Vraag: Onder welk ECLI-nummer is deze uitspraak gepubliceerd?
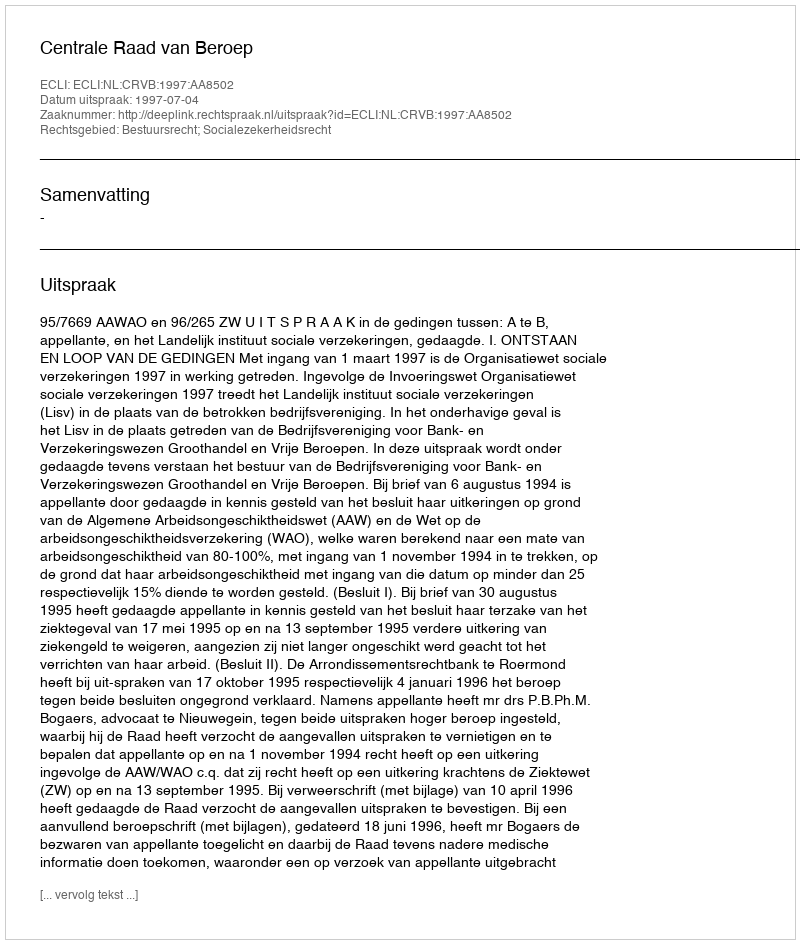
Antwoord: ECLI:NL:CRVB:1997:AA8502